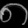
Digit: ၈